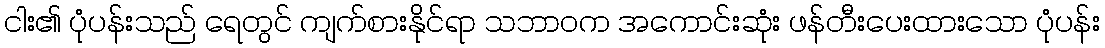
ငါး၏ ပုံပန်းသည် ရေတွင် ကျက်စားနိုင်ရာ သဘာဝက အကောင်းဆုံး ဖန်တီးပေးထားသော ပုံပန်း